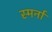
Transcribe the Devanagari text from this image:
स्मर्ना